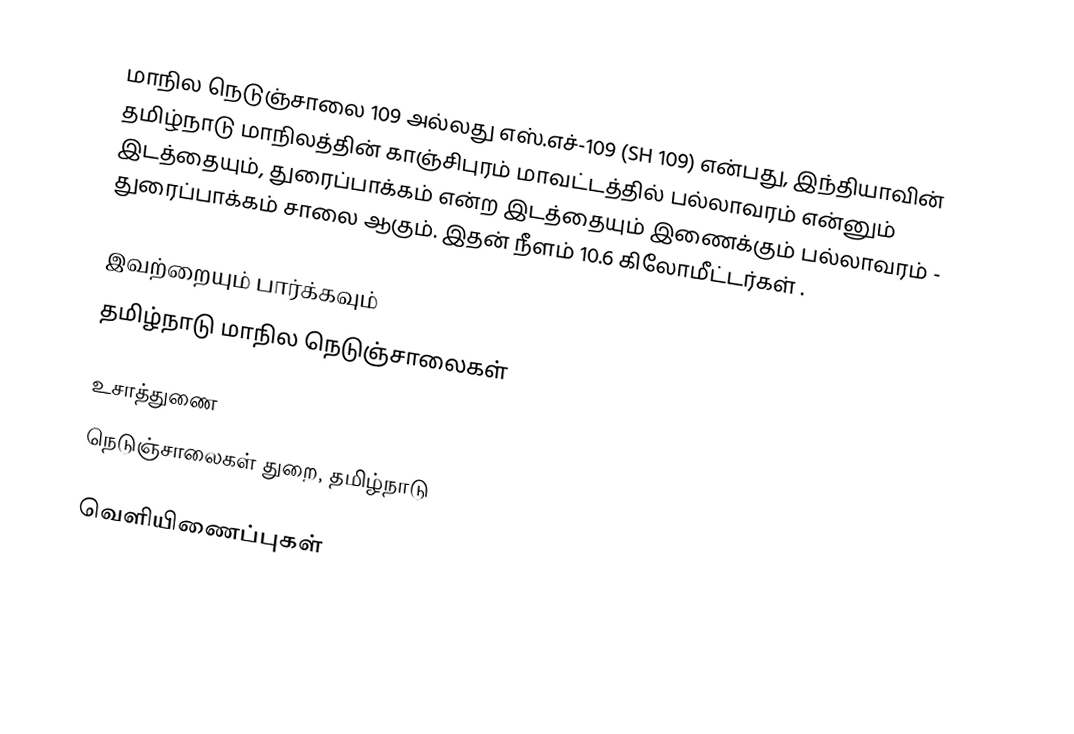
மாநில நெடுஞ்சாலை 109 அல்லது எஸ்.எச்-109 (SH 109) என்பது, இந்தியாவின் தமிழ்நாடு மாநிலத்தின் காஞ்சிபுரம் மாவட்டத்தில் பல்லாவரம் என்னும் இடத்தையும், துரைப்பாக்கம் என்ற இடத்தையும் இணைக்கும் பல்லாவரம் - துரைப்பாக்கம் சாலை ஆகும். இதன் நீளம் 10.6  கிலோமீட்டர்கள் .

இவற்றையும் பார்க்கவும்
 தமிழ்நாடு மாநில நெடுஞ்சாலைகள்

உசாத்துணை
 நெடுஞ்சாலைகள் துறை, தமிழ்நாடு

வெளியிணைப்புகள்